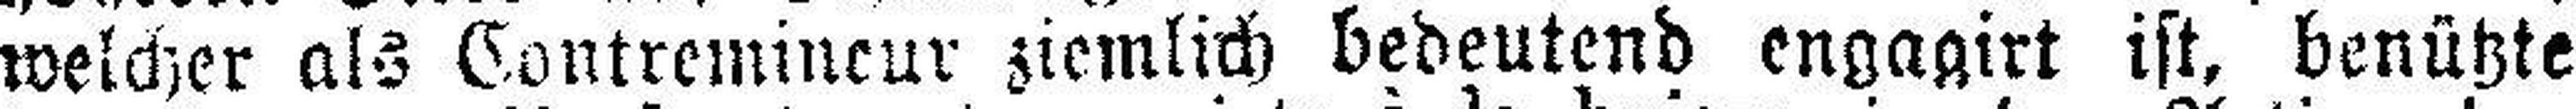
welcher als Contremineur ziemlich bedeutend engagirt ist, benützte